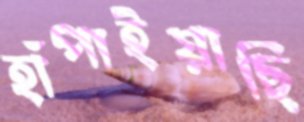
হাঁপাইয়াছি